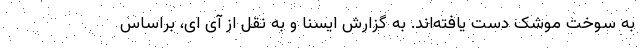
به سوخت موشک دست یافته‌اند. به گزارش ایسنا و به نقل از آی ای، براساس